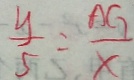
\frac { y } { 5 } = \frac { A G } { x }